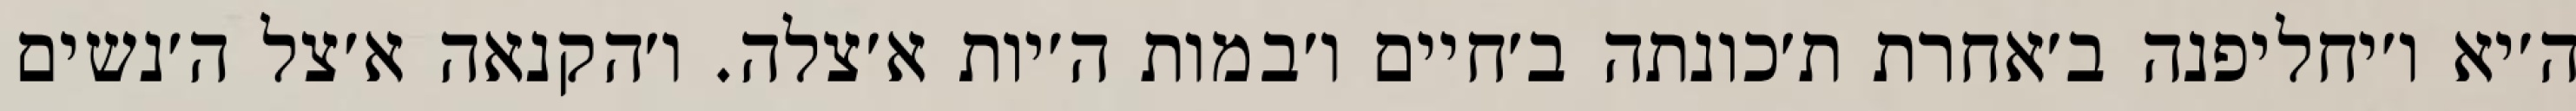
ה׳יא ו׳יחליפנה ב׳אחרת ת׳כונתה ב׳חיים ו׳במות ה׳יות א׳צלה. ו׳הקנאה א׳צל ה׳נשים